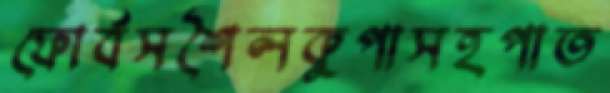
ফোর্বসশৈলকুপাসহপাত